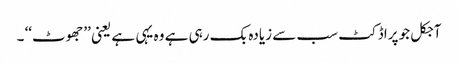
آجکل جو پراڈکٹ سب سے زیادہ بک رہی ہے وہ یہی ہے یعنی ’’جھوٹ‘‘ ۔